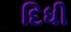
દિધી